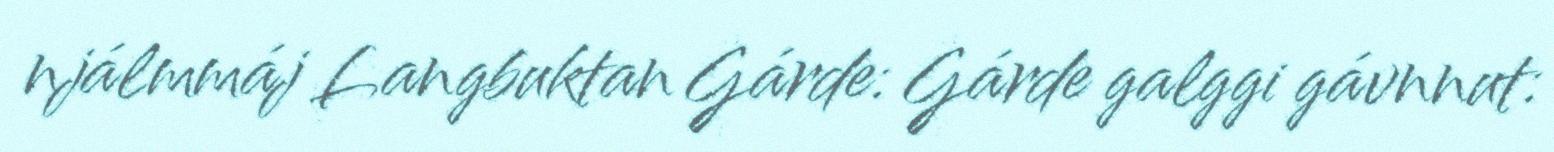
njálmmáj Langbuktan Gárde: Gárde galggi gávnnut: